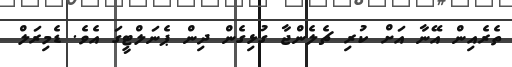
ތެރެއިން އޭނާ އަށް ކުރި ޗެލެންޖާ ގުޅިގެން ދިން ޕެނަލްޓީގަ އެވެ. ޑެމިރަލް